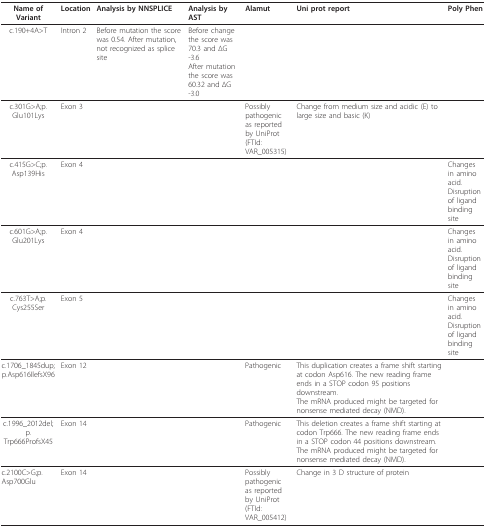
<table><thead><tr><td><b>Name of Variant</b></td><td><b>Location</b></td><td><b>Analysis by NNSPLICE</b></td><td><b>Analysis by AST</b></td><td><b>Alamut</b></td><td><b>Uni prot report</b></td><td><b>Poly Phen</b></td></tr></thead><tbody><tr><td>c.190+4A&gt;T</td><td>Intron 2</td><td>Before mutation the score was 0.54. After mutation,not recognized as splice site</td><td>Before change the score was 70.3 and ΔG -3.6After mutation the score was 60.32 and ΔG -3.0</td><td></td><td></td><td></td></tr><tr><td>c.301G&gt;A;p.Glu101Lys</td><td>Exon 3</td><td></td><td></td><td>Possibly pathogenicas reported by UniProt (FTId: VAR_005315)</td><td>Change from medium size and acidic (E) to large size and basic (K)</td><td></td></tr><tr><td>c.415G&gt;C;p.Asp139His</td><td>Exon 4</td><td></td><td></td><td></td><td></td><td>Changes in amino acid.Disruption of ligand binding site</td></tr><tr><td>c.601G&gt;A;p.Glu201Lys</td><td>Exon 4</td><td></td><td></td><td></td><td></td><td>Changes in amino acid.Disruption of ligand binding site</td></tr><tr><td>c.763T&gt;A;p.Cys255Ser</td><td>Exon 5</td><td></td><td></td><td></td><td></td><td>Changes in amino acid.Disruption of ligand binding site</td></tr><tr><td>c.1706_1845dup;p.Asp616IlefsX96</td><td>Exon 12</td><td></td><td></td><td>Pathogenic</td><td>This duplication creates a frame shift starting at codon Asp616. The new reading frame ends in a STOP codon 95 positions downstream.The mRNA produced might be targeted for nonsense mediated decay (NMD).</td><td></td></tr><tr><td>c.1996_2012del;p.Trp666ProfsX45</td><td>Exon 14</td><td></td><td></td><td>Pathogenic</td><td>This deletion creates a frame shift starting at codon Trp666. The new reading frame ends in a STOP codon 44 positions downstream.The mRNA produced might be targeted for nonsense mediated decay (NMD).</td><td></td></tr><tr><td>c.2100C&gt;G;p.Asp700Glu</td><td>Exon 14</td><td></td><td></td><td>Possibly pathogenicas reported by UniProt (FTId: VAR_005412)</td><td>Change in 3 D structure of protein</td><td></td></tr></tbody></table>